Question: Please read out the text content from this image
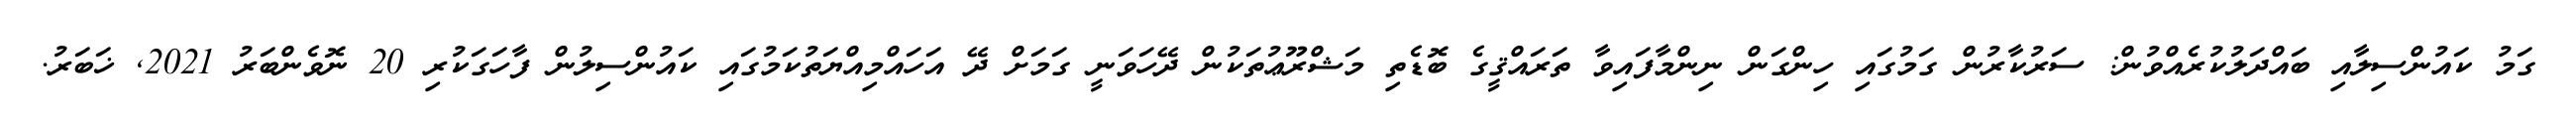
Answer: ގަމު ކައުންސިލާއި ބައްދަލުކުރެއްވުން: ސަރުކާރުން ގަމުގައި ހިންގަން ނިންމާފައިވާ ތަރައްޤީގެ ބޮޑެތި މަޝްރޫޢުތަކުން ދޭހަވަނީ ގަމަށް ދޭ އަހައްމިއްޔަތުކަމުގައި ކައުންސިލުން ފާހަގަކުރި 20 ނޮވެންބަރު 2021, ޚަބަރު.